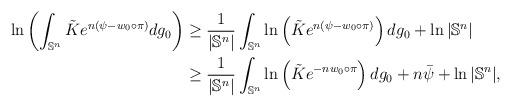
LaTeX: \begin{align*}\ln\left(\int_{\mathbb{S}^n}\tilde{K}e^{n(\psi-w_0\circ \pi)}dg_0\right)&\geq \frac{1}{|\mathbb{S}^n|} \int_{\mathbb{S}^n} \ln \left(\tilde{K}e^{n(\psi-w_0\circ \pi)}\right)dg_0+\ln |\mathbb{S}^n|\\&\geq \frac{1}{|\mathbb{S}^n|} \int_{\mathbb{S}^n} \ln \left(\tilde{K}e^{-nw_0\circ \pi}\right)dg_0+n\bar{\psi}+\ln |\mathbb{S}^n|,\end{align*}